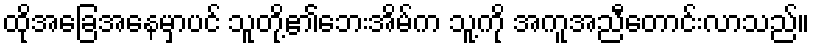
ထိုအခြေအနေမှာပင် သူတို့၏ဘေးအိမ်က သူ့ကို အကူအညီတောင်းလာသည်။